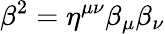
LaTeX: \beta^{2}=\eta^{\mu\nu}\beta_{\mu}\beta_{\nu}